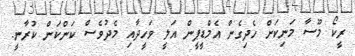
ރީކޯ މޫސާ މަނިކަށް ހެދިގެން އެމްޑީޕީން އަލީ ވަހީދާއި މެދުވެސް ކަންކަން ކުރާނީ.